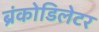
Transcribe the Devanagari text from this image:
ब्रंकोडिलेटर